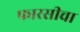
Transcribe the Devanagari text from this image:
फारसीचा